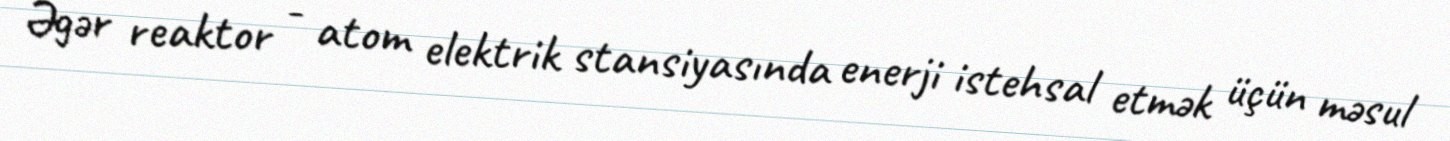
Əgər reaktor - atom elektrik stansiyasında enerji istehsal etmək üçün məsul